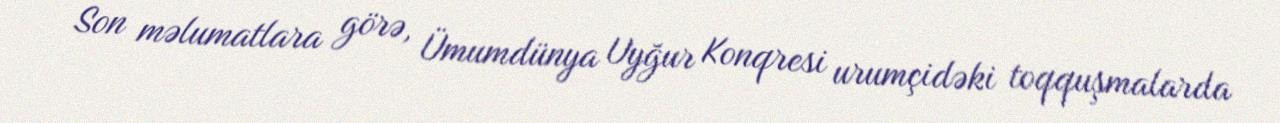
Son məlumatlara görə, Ümumdünya Uyğur Konqresi urumçidəki toqquşmalarda